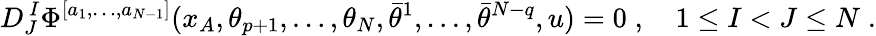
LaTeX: D_{J}^{\, I}\Phi^{[a_{1},\ldots,a_{N-1}]}(x_{A},\theta_{p+1},\ldots,\theta_{N},\bar{\theta}^{1},\ldots,\bar{\theta}^{N-q},u)=0\; ,\quad 1\leq I<J\leq N\; .